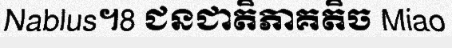
Nablus។8 ជនជាតិភាគតិច Miao